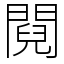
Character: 䦧